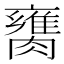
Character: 𦡈